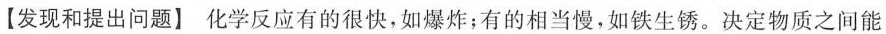
【发现和提出问题】化学反应有的很快，如爆炸；有的相当慢，如铁生锈。决定物质之间能